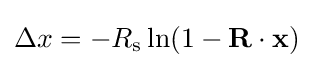
\Delta x=-R_{\text{s}}\ln(1-\mathbf {R} \cdot \mathbf {x} )